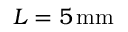
L = 5 \, \mathrm { m m }